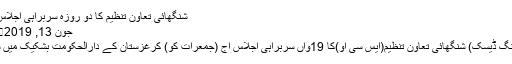
شنگھائی تعاون تنظیم کا دو روزہ سربراہی اجلاس آج شروع ہوگا
جون 13, 2019	180 Views
اسلام آباد(مانیٹرنگ ڈیسک) شنگھائی تعاون تنظیم(ایس سی او)کا 19واں سربراہی اجلاس آج (جمعرات کو) کرغزستان کے دارالحکومت بشکیک میں شروع ہورہاہے۔